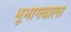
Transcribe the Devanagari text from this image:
भूभागवाला